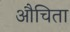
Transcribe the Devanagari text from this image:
औचिता